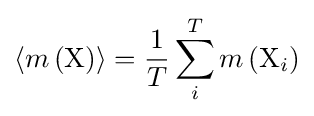
\langle m\left({\rm {X}}\right)\rangle ={\frac {1}{T}}\sum _{i}^{T}m\left({\rm {X}}_{i}\right)